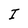
Character: I